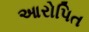
આરોપિત